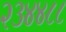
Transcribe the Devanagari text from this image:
२३४४८८